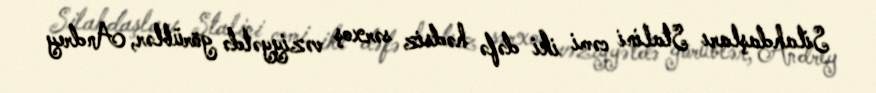
Silahdaşları Stalini cəmi iki dəfə hədsiz sərxoş vəziyyətdə görüblər, Andrey